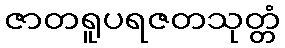
ဇာတရူပရဇတသုတ္တံ